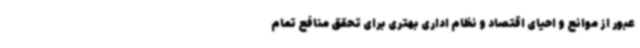
عبور از موانع و احیای اقتصاد و نظام اداری بهتری برای تحقق منافع تمام